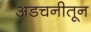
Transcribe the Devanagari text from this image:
अडचनीतून